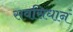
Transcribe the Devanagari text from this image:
सवसिधानं